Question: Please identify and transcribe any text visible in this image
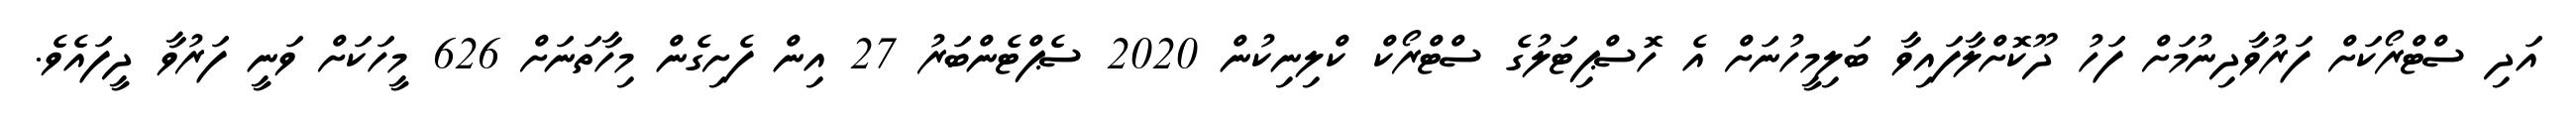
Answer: އަދި ސްޓްރޯކަށް ފަރުވާދިނުމަށް ފަހު ދޫކޮށްލާފައިވާ ބަލިމީހުނަށް އެ ހޮސްޕިޓަލުގެ ސްޓްރޯކް ކްލިނިކުން 2020 ސެޕްޓެންބަރު 27 އިން ފެށިގެން މިހާތަނަށް 626 މީހަކަށް ވަނީ ފަރުވާ ދީފައެވެ.